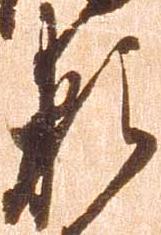
頼